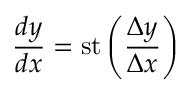
{ \frac { d y } { d x } } = \mathrm { s t } \left( { \frac { \Delta y } { \Delta x } } \right)